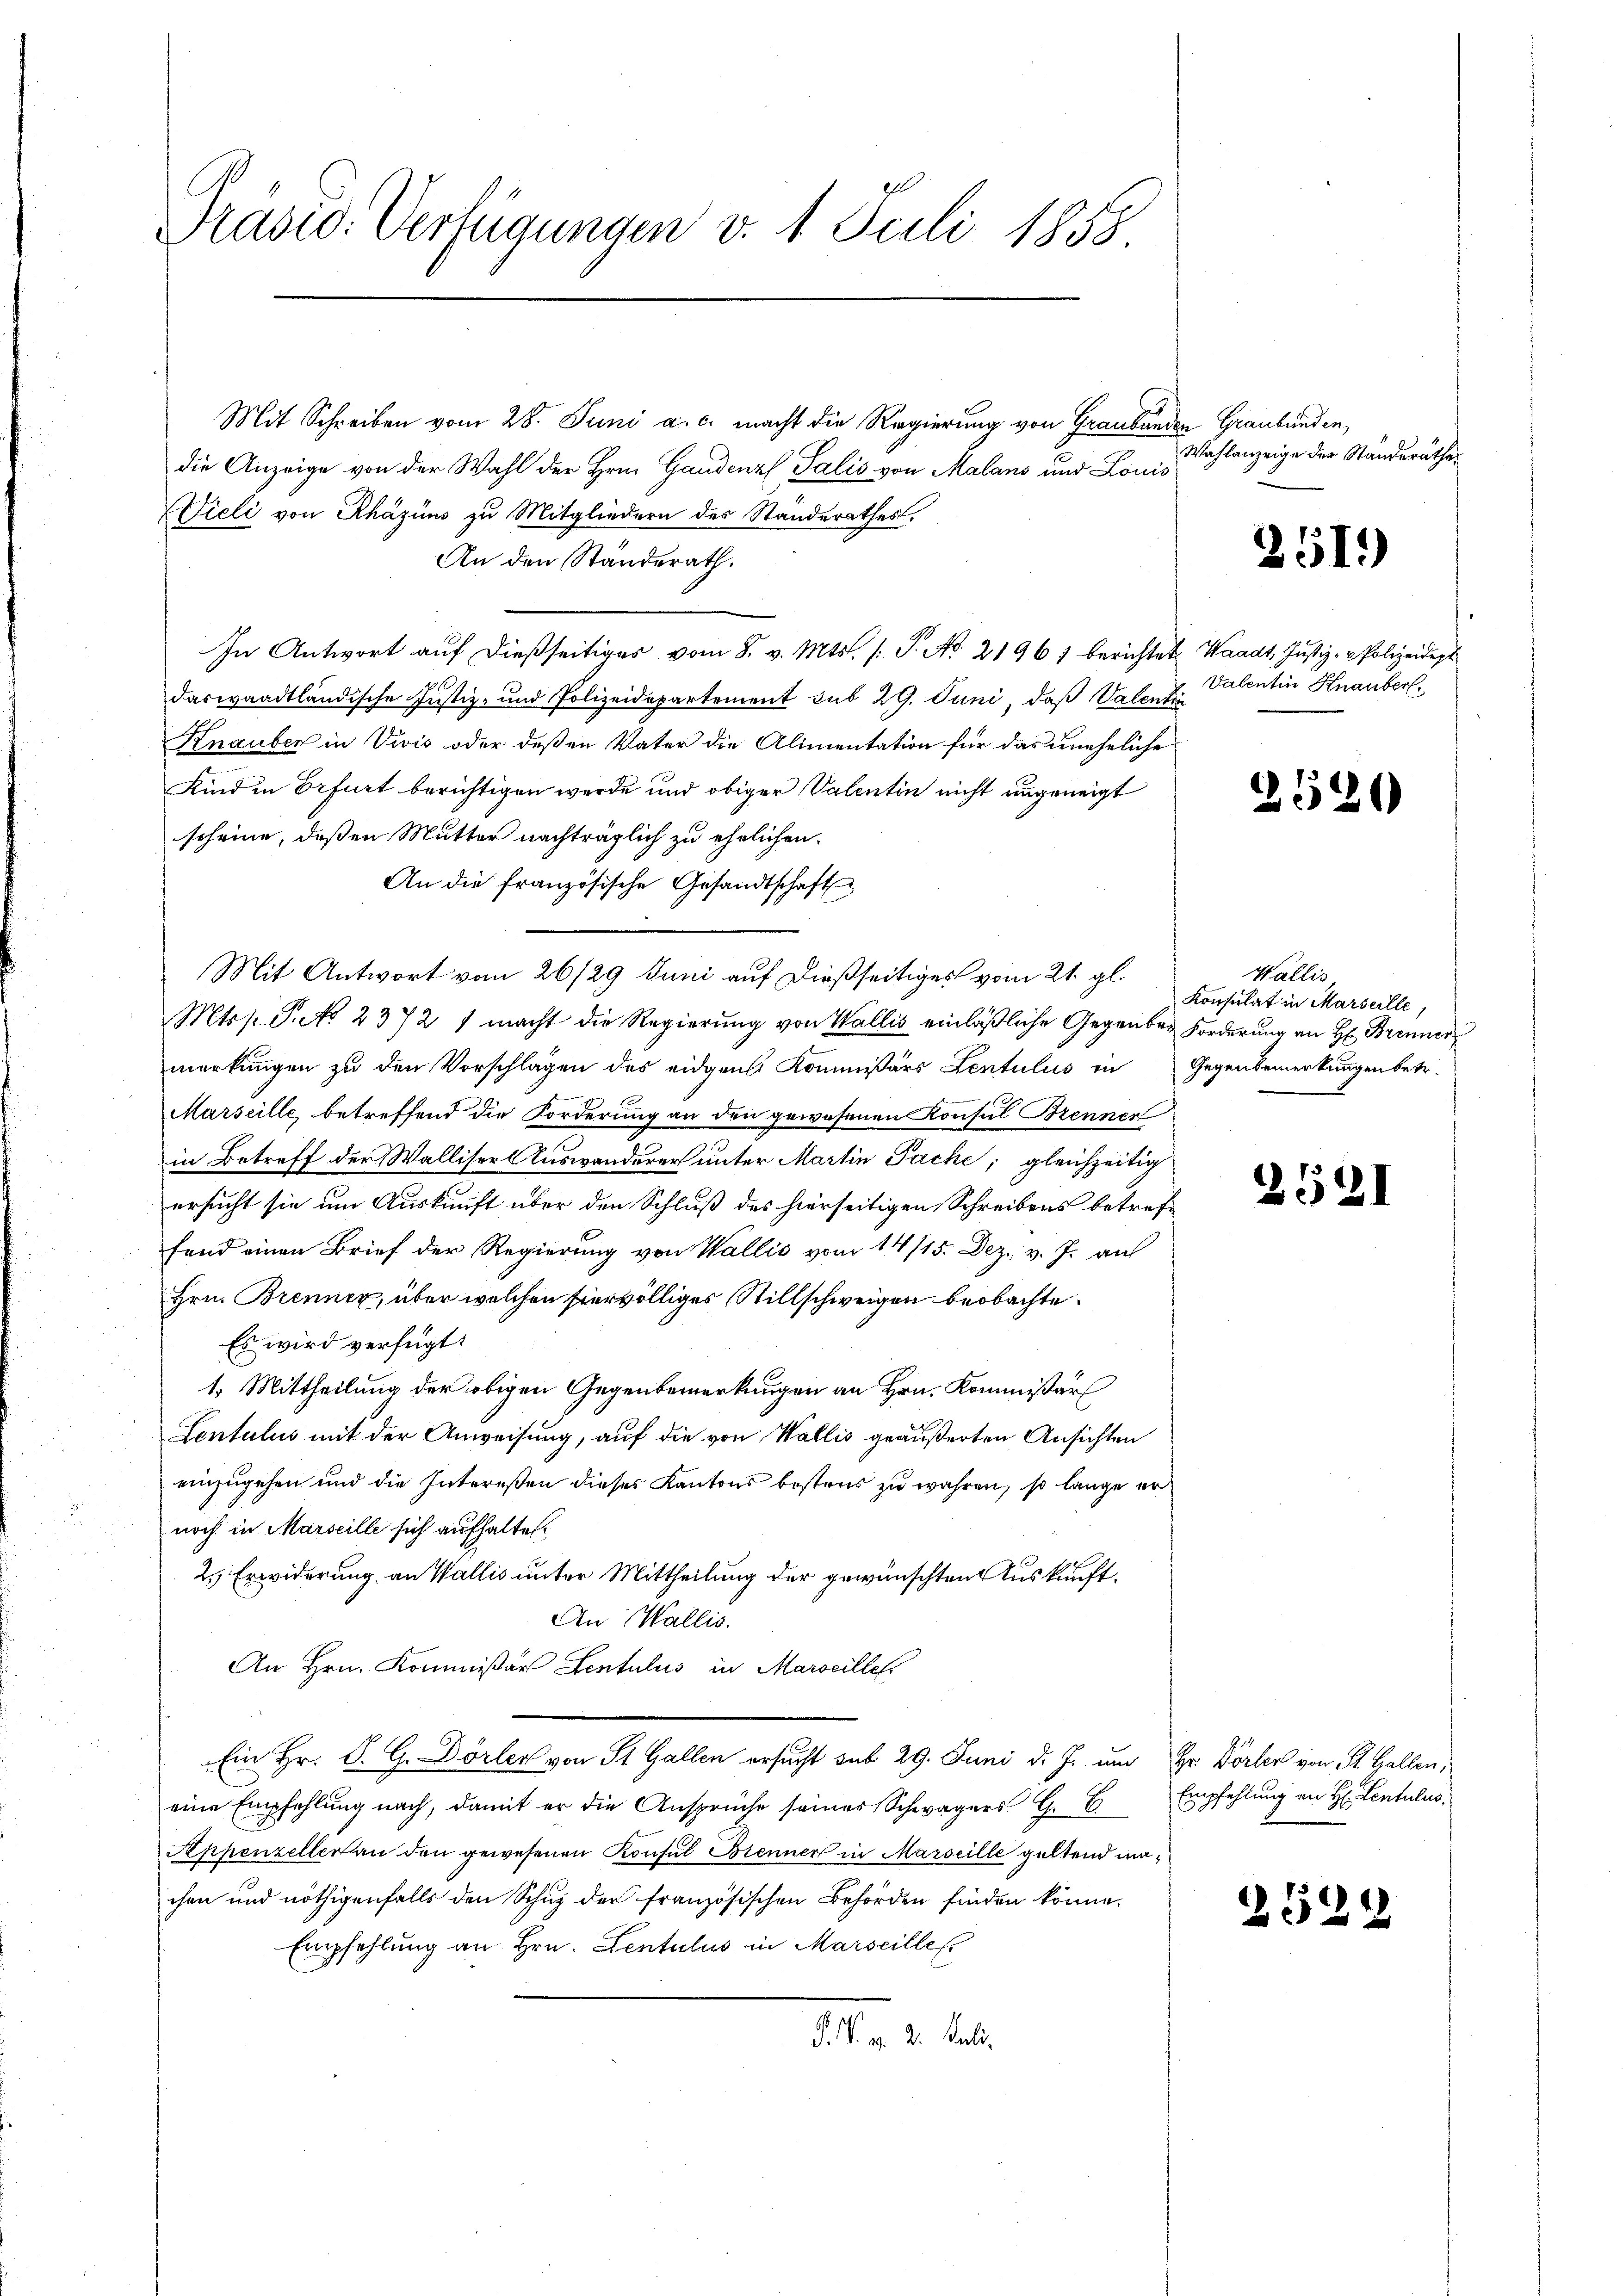
Prasis. Verfügungen v. 1. Juli 1855.

Mit Schreiben vom 28. Juni a. c. macht die Regierung von Graubünden Graubünden,
die Anzeige von der Wahl der Hrn. Gaudenzl, Salis von Malans und Louis
Vieli von Rhäzüns zu Mitgliedern des Standerathes.
An den Ständerath.
In Antwort auf dießseitiges vom 8. v. Mts. /: P. No. 2196) berichtet, Waadt, Justiz- & Polizeidigt
.
daswaadtländische Justiz- und Polizeidepartement sub 29. Juni, daß Valentir
Knauber in Vivis oder deßen Vater die Alimentation für das uneheliche
Kind in Erfurt berichtigen wurde und obiger Valentin nicht ungeneigt
scheine, deßen Mutter nachträglich zu ehelichen
An die französische Gesandtschaft
Mit Antwort vom 26/29 Juni auf dießseitiges vom 21. gl.
Mtss. Pato 2372 1 macht die Regierung von Wallis einläßliche Gegenbar Forderung an H: Brenner
merkungen zu den Vorschlagen des eidgen. Kommissärs Lentulus in Gegenbemerkungen betr.
Marseille betreffend die Forderung an den gewesenen Konsul Brenner
in Betreff der Walliser Auswanderer unter Martin Pache; gleichzeitig
ersucht sie um Auskunft über den Schluß des hierseitigen Schreibens betreffand einen Brief der Regierung von Wallis vom 14/15. Dez. v. J. auf
Hrn. Brenner, über welchen hier völliges Stillschweigen beobachte.
Es wird verfügt:
1. Mittheilung der obigen Gegenbemerkungen an Hrn. Kommissärs
Lentulus mit der Anweisung, auf die von Wallis geäußerten Ansichten
einzugehen und die Intereßen dieses Kantons bestens zu wahren, so lange er
noch in Marseille sich aufhalten
2.) Erwiderung an Wallis unter Mittheilung der gewünschten Auskunft¬
An Wallis.
An Hrn. Kommissär Lentulus in Marseille
Ein Hr. P. G. Dörler von St. Gallen ersucht sub 29. Juni d. J. um Hr. Dörler von St. Gallen,
eine Empfehlung nach, damit er die Ansprüche seines Schwagers G. B. Empfehlŭng an H. Lentulus.
Appenzelleran den gewesenen Konsul Brenner in Marseille geltend machen und nöthigenfalls den Schuz der französischen Behörden finden könne.
Empfehlung an Hrn. Lentulus in Marseilles
P. M. v. 2. Juli.

Wahlanzeige der Ständerathes

251)

Valentin Knauber.

2520

Wallis,
Konsulat in Marseille,

2521

2524